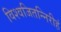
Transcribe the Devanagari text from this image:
विश्वजितन्निरीहं